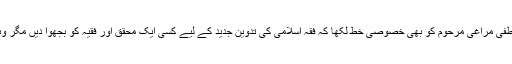
علامہ نے اس سلسلے میں شیخ الازھر مصطفی مراغی مرحوم کو بھی خصوصی خط لکھا کہ فقہ اسلامی کی تدوین جدید کے لیے کسی ایک محقق اور فقیہ کو بجھوا دیں مگر وہاں سے بھی کوئی حوصلہ افزا پیغام نہ ملا۔